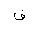
Letter: _qaf